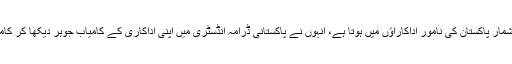
صنم سعید کا شمار پاکستان کی نامور اداکاراؤں میں ہوتا ہے، انہوں نے پاکستانی ڈرامہ انڈسٹری میں اپنی اداکاری کے کامیاب جوہر دیکھا کر کامیابیاں سمیٹیں۔